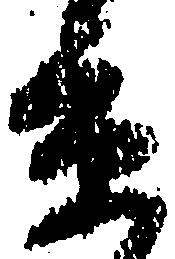
京